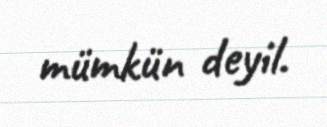
mümkün deyil.